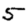
Digit: 5